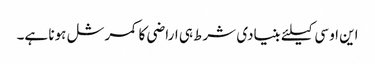
این او سی کیلئے بنیادی شرط ہی اراضی کا کمرشل ہونا ہے۔